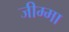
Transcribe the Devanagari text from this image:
जीम्मा